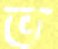
ভ